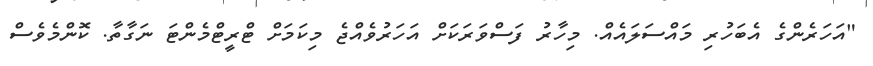
"އަހަރެންގެ އެބަހުރި މައްސަލައެއް. މިހާރު ފަސްވަރަކަށް އަހަރުވެއްޖެ މިކަމަށް ޓްރީޓްމެންޓަ ނަގާތާ. ކޮންމެވެސް